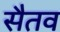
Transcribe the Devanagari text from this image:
सैतव